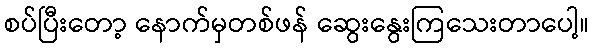
စပ်ပြီးတော့ နောက်မှတစ်ဖန် ဆွေးနွေးကြသေးတာပေါ့။